Distribution and causation of leprosy in British India
Year: 1875
Disease focus: Leprosy
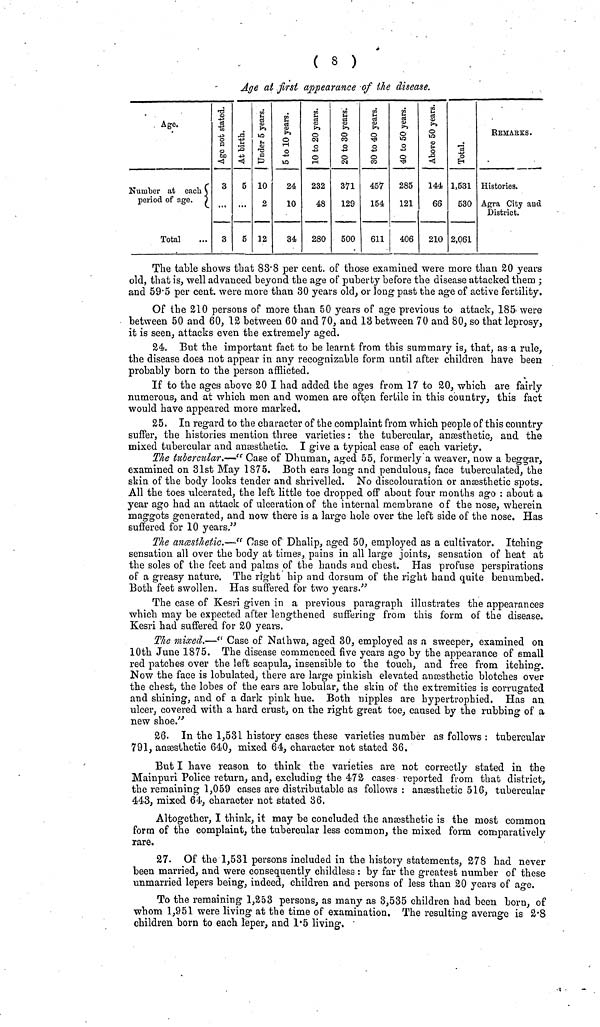
( 8 )
Age at first appearance of the disease.
Age.
Number at
each
period of
age.
Total
3
3
5
...
5
10
2
12
24
10
34
232
48
280
371
129
500
457
154
611
285
121
406
144
66
210
1,531
530
2,061
Histories.
Agra City arid
District.
The table shows that 83·8 per cent, of those examined were more than 20 years
old, that is, well advanced beyond the age of puberty before the disease attacked them ;
and 59·5 per cent, were more than 30 years old, or long past the age of active fertility.
Of the 210 persons of more than 50 years of age previous to attack, 185 were
between 50 and 60, 12 between 60 and 70, and 13 between 70 and 80, so that leprosy,
it is seen, attacks even the extremely aged.
24. But the important fact to be learnt from this summary is, that, as a rule,
the disease does not appear in any recognizable form until after children have been
probably born to the person afflicted.
If to the ages above 20 I had added the ages from 17 to 20, which are fairly
numerous, and at which men and women are often fertile in this country, this fact
would have appeared more marked.
25. In regard to the character of the complaint from which people of this country
suffer, the histories mention three varieties: the tubercular, anaesthetic, and the
mixed tubercular and anæsthetic. I give a typical case of each variety.
The tubercular.—" Case of Dhuman, aged 55, formerly a weaver, now a beggar,
examined on 31st May 1875. Both ears long and pendulous, face tuberculated, the
skin of the body looks tender and shrivelled. No discolouration or anæsthetic spots.
All the toes ulcerated, the left little toe dropped off about four months ago : about a
year ago had an attack of ulceration of the internal membrane of the nose, wherein
maggots generated, and now there is a large hole over the left side of the nose. Has
suffered for 10 years."
The anaesthetic.—" Case of Dhalip, aged 50, employed as a cultivator. Itching
sensation all over the body at times, pains in all large joints, sensation of heat at
the soles of the feet and palms of the hands and chest. Has profuse perspirations
of a greasy nature. The right hip and dorsum of the right hand quite benumbed.
Both feet swollen. Has suffered for two years."
The case of Kesri given in a previous paragraph illustrates the appearances
which may be expected after lengthened suffering from this form of the disease.
Kesri had suffered for 20 years.
The mixed.—"Case of Nathwa, aged 30, employed as a sweeper, examined on
10th June 1875. The disease commenced five years ago by the appearance of email
red patches over the left scapula, insensible to the touch, and free from itching.
Now the face is lobulatedj there are large pinkish elevated anaesthetic blotches over
the chest, the lobes of the ears are lobular, the skin of the extremities is corrugated
and shining, and of a dark pink hue. Both nipples are hypertrophied. Has an
ulcer, covered with a hard crust, on the right great toe, caused by the rubbing of a
new shoe."
26. In the 1,531 history cases these varieties number as follows : tubercular
791, anaesthetic 640, mixed 64, character not stated 36.
But I have reason to think the varieties are not correctly stated in the
Mainpuri Police return, and, excluding the 472 cases reported from that district,
the remaining 1,059 cases are distributable as follows : anaesthetic 516, tubercular
443, mixed 64, character not stated 36.
Altogether, I think, it may be concluded the ansesthetic is the most common
form of the complaint, the tubercular less common, the mixed form comparatively
rare.
27. Of the 1,531 persons included in the history statements, 278 had never
been married, and were consequently childless: by far the greatest number of these
unmarried lepers being, indeed, children and persons of less than 20 years of a°-e.
To the remaining 1,253 persons, as many as 3,535 children had been born, of
whom 1,951 were living at the time of examination. The resulting average is 2-8
children born to each leper, and 1-5 living.